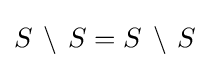
S\,\setminus \,S=S\,\setminus \,S